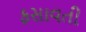
ફસાવતી